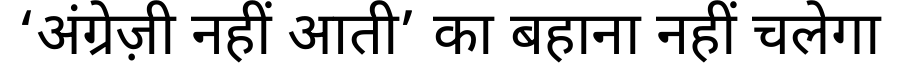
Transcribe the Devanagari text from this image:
‘अंग्रेज़ी नहीं आती’ का बहाना नहीं चलेगा